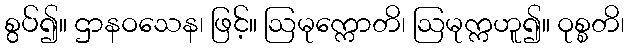
စွပ်၍။ ဌာနဝသေန၊ ဖြင့်။ ဩမုက္ကောတိ၊ ဩမုက္ကဟူ၍။ ဝုစ္စတိ၊